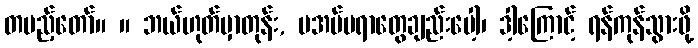
တပည့်တော်။ ။ ဘယ်ဟုတ်မှာတုန်း, မအပ်မရာတွေချည်းပေါ့၊ ဒါ့ကြောင့် ရန်ကုန်သွားဖို့